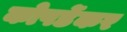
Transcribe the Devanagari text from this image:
कोपर्डेकर